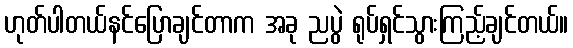
ဟုတ်ပါတယ်နင်ပြောချင်တာက အခု ညပွဲ ရုပ်ရှင်သွားကြည့်ချင်တယ်။